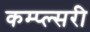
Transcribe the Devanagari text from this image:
कम्प्ल्सरी